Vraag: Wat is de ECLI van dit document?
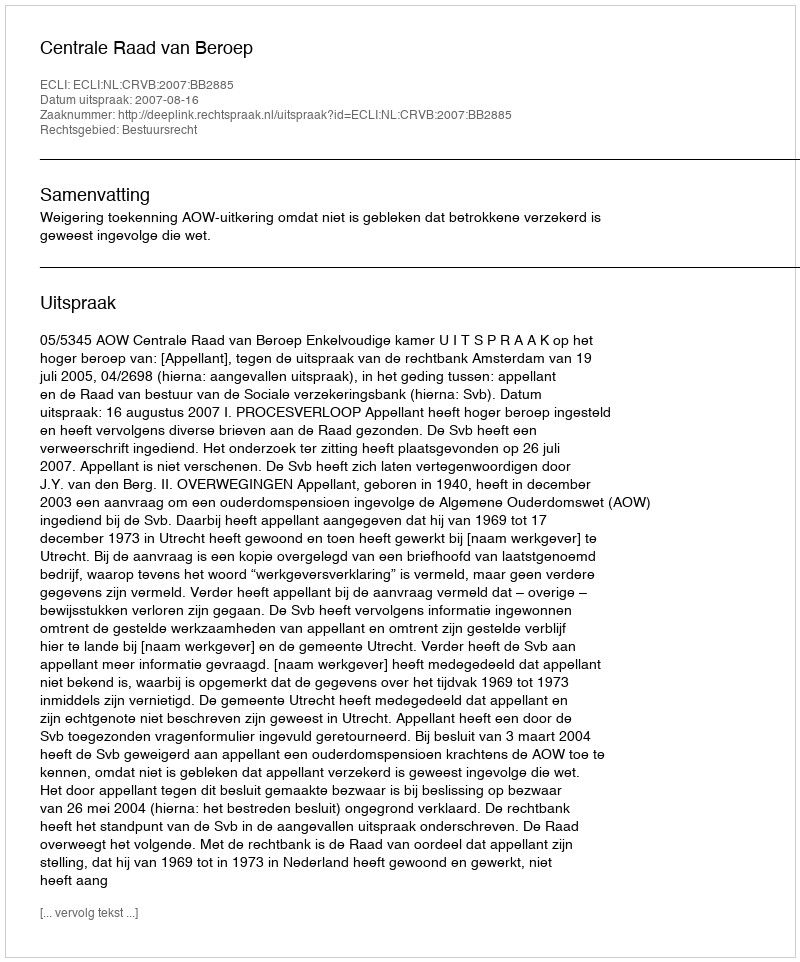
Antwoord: ECLI:NL:CRVB:2007:BB2885